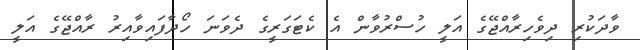
ވާދަކުރި ދިވެހިރާއްޖޭގެ އަލީ ހުސްރުވާން އެ ކެޓަގަރީގެ ދެވަނަ ހޯދާފައިވާއިރު ރާއްޖޭގެ އަލީ